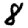
Digit: 8